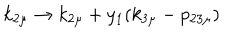
LaTeX: k _ { 2 \mu } \rightarrow k _ { 2 \mu } + y _ { 1 } ( k _ { 3 \mu } - p _ { 2 3 \mu } )